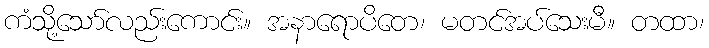
ကံသို့သော်လည်းကောင်း။ အနာရောပိတေ၊ မတင်အပ်သေးမီ။ တထာ၊